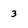
Character: 3